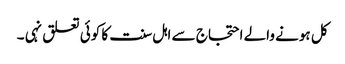
کل ہونے والے احتجاج سے اہل سنت کا کوئی تعلق نہی ۔